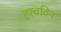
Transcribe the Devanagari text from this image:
हाचविन